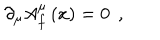
\partial _ { \mu } A _ { f } ^ { \mu } \left( x \right) = 0 \; \, ,